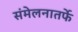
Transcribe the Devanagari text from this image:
संमेलनातर्फे